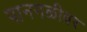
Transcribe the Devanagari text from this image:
पानगळीवर